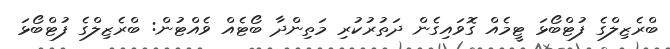
ބްރެޒިލްގެ ފުޓްބޯޅަ ޓީމެއް ގޮވައިގެން ދަތުރުކުރި މަތިންދާ ބޯޓެއް ވެއްޓުން: ބްރެޒިލްގެ ފުޓްބޯޅަ